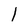
Character: l